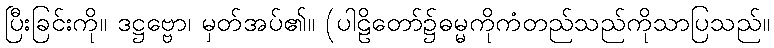
ပြီးခြင်းကို။ ဒဋ္ဌဗ္ဗော၊ မှတ်အပ်၏။ (ပါဠိတော်၌ဓမ္မကိုကံတည်သည်ကိုသာပြသည်။